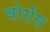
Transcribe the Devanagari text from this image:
बोर्रोस